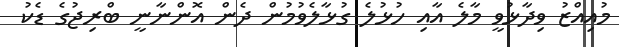
މުއިއްޒު ވިދާޅުވީ މާލެ އާއި ހުޅުލެ ގުޅާލެވުމުން ދެން އޮންނާނީ ބްރިޖުގެ ޑެކު